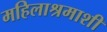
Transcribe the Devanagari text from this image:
महिलाश्रमाशी